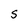
Character: S